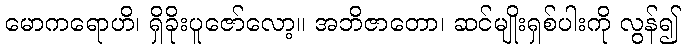
မောကရောဟိ၊ ရှိခိုးပူဇော်လော့။ အဘိဇာတော၊ ဆင်မျိုးရှစ်ပါးကို လွန်၍